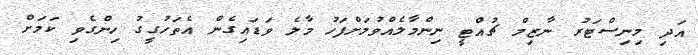
އަދި މިނިސްޓަރު ނާޒިމް ޗުއްޓީ ނިންމާލެއްްވުމަށްފަހު މާލެ ވަޑައިގެން އެތަހުގީގު ހިންގެވި ކަމަށް